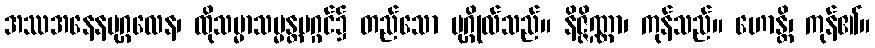
အဿအနေနပုဂ္ဂလေန၊ ထိုသမ္မာသမ္မန္တမဂ္ဂင်၌ တည်သော ပုဂ္ဂိုလ်သည်။ နိဇ္ဇိဏ္ဏာ၊ ကုန်သည်။ ဟောန္တိ၊ ကုန်၏။